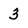
Character: 3